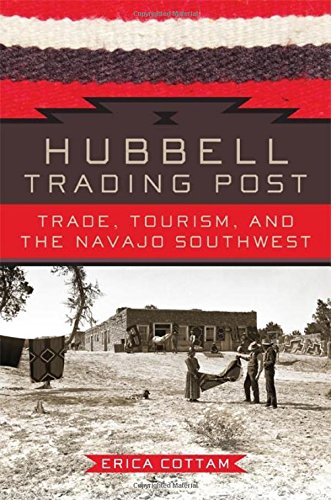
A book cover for Hubbell Trading Post: Trade, Tourism, and the Navajo Southwest; Erica Cottam; Business & Money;